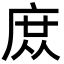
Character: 庻